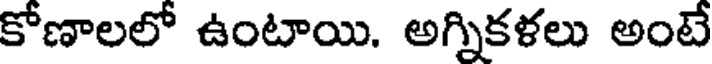
కోణాలలో ఉంటాయి. అగ్నికళలు అంటే